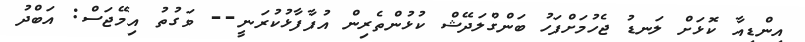
އިންޑިއާ ކޮޅަށް ލަނޑު ޖެހުމަށްފަހު ބަންގްލަދޭޝް ކުޅުންތެރިން އުފާފާޅުކުރަނީ-- ވަގުތު އިމޭޖަސް: އަބްދު